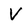
Character: V